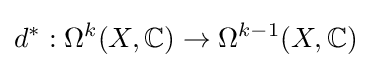
d^{*}:\Omega ^{k}(X,\mathbb {C} )\to \Omega ^{k-1}(X,\mathbb {C} )